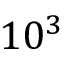
1 0 ^ { 3 }